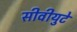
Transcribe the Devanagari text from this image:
सीवीयुटे